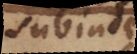
subinde